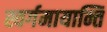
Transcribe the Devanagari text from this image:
स्वर्गमायान्ति